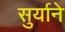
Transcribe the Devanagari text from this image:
सुर्याने